Training of teachers. Junior students, 1910
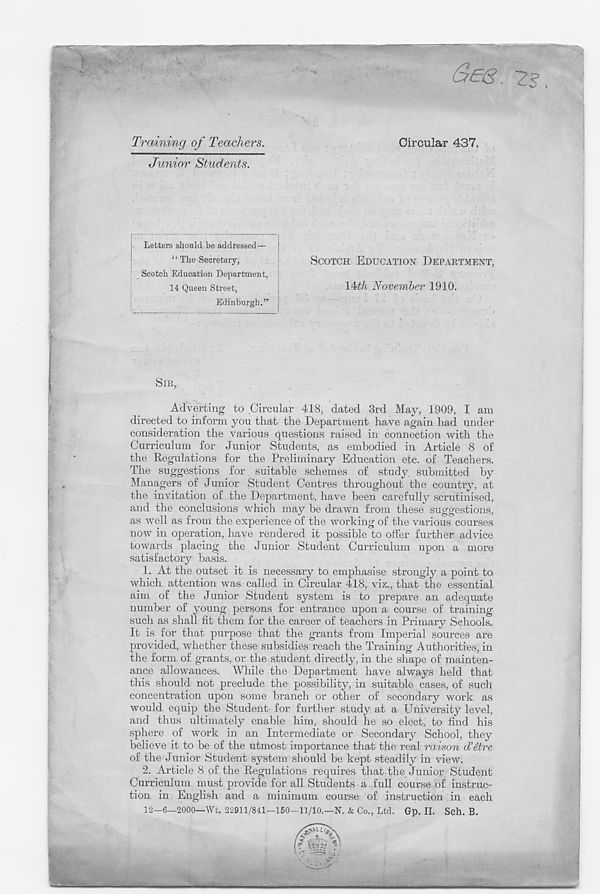
Letters should be addressed—
“ The Secretary,
Scotch Education Department,
14 Queen Street,
Edinburgh.”
SCOTCH EDUCATION DEPARTMENT,
IMh November 1910.
SIR,
Adverting to Circular 418, dated 3rd May, 1909, I am
directed to inform you that the Department have again had under
consideration the various questions raised in connection with the
Curriculum for Junior Students, as embodied in Article 8 of
the Regulations for the Preliminary Education etc. of Teachers.
The suggestions for suitable schemes of study submitted by
Managers of Junior Student Centres throughout the country, at
the invitation of the Department, have been carefully scrutinised,
and the conclusions which may be drawn from these suggestions,
as well as from the experience of the working of the various courses
now in operation, have rendered it possible to offer further advice
towards placing the Junior Student Curriculum upon a more
satisfactory basis.
1. At the outset it is necessary to emphasise strongly a point to
which attention was called in Circular 418, viz., that the essential
aim of the Junior Student system is to prepare an adequate
number of young persons for entrance upon a course of training
such as shall fit them for the career of teachers in Primary Schools.
It is for that purpose that the grants from Imperial sources are
provided, whether these subsidies reach the Training Authorities, in
the form of grants, or the student directly, in the shape of mainten-
ance allowances. While the Department have always held that
this should not preclude the possibility, in suitable cases, of such
concentration upon some branch or other of secondary work as
would equip the Student for further study at a University level,
and thus ultimately enable him, should he so elect, to find his
sphere of work in an Intermediate or Secondary School, they
believe it to be of the utmost importance that the real raison d’etre
of the Junior Student system should be kept steadily in view.
2. Article 8 of the Regulations requires that the Junior Student
Curriculum must provide for all Students a full course of instruc-
tion in English and a minimum course of instruction in each
12-6—2000—Wt. 22911/841—150-11/10.—N. & Co., Ltd. Gp. II. Seh. B.